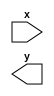
module Top_Module(x,y);
/*
reg [31:0]initial_PC;
Pipline2 Pipline21(initial_PC);
initial
begin
initial_PC=0;
#1 $display("hahha = %h",Pipline21.Reg_File1);
end

*/
input x;
output y;
endmodule